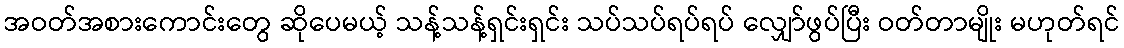
အဝတ်အစားကောင်းတွေ ဆိုပေမယ့် သန့်သန့်ရှင်းရှင်း သပ်သပ်ရပ်ရပ် လျှော်ဖွပ်ပြီး ဝတ်တာမျိုး မဟုတ်ရင်